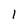
Character: 1